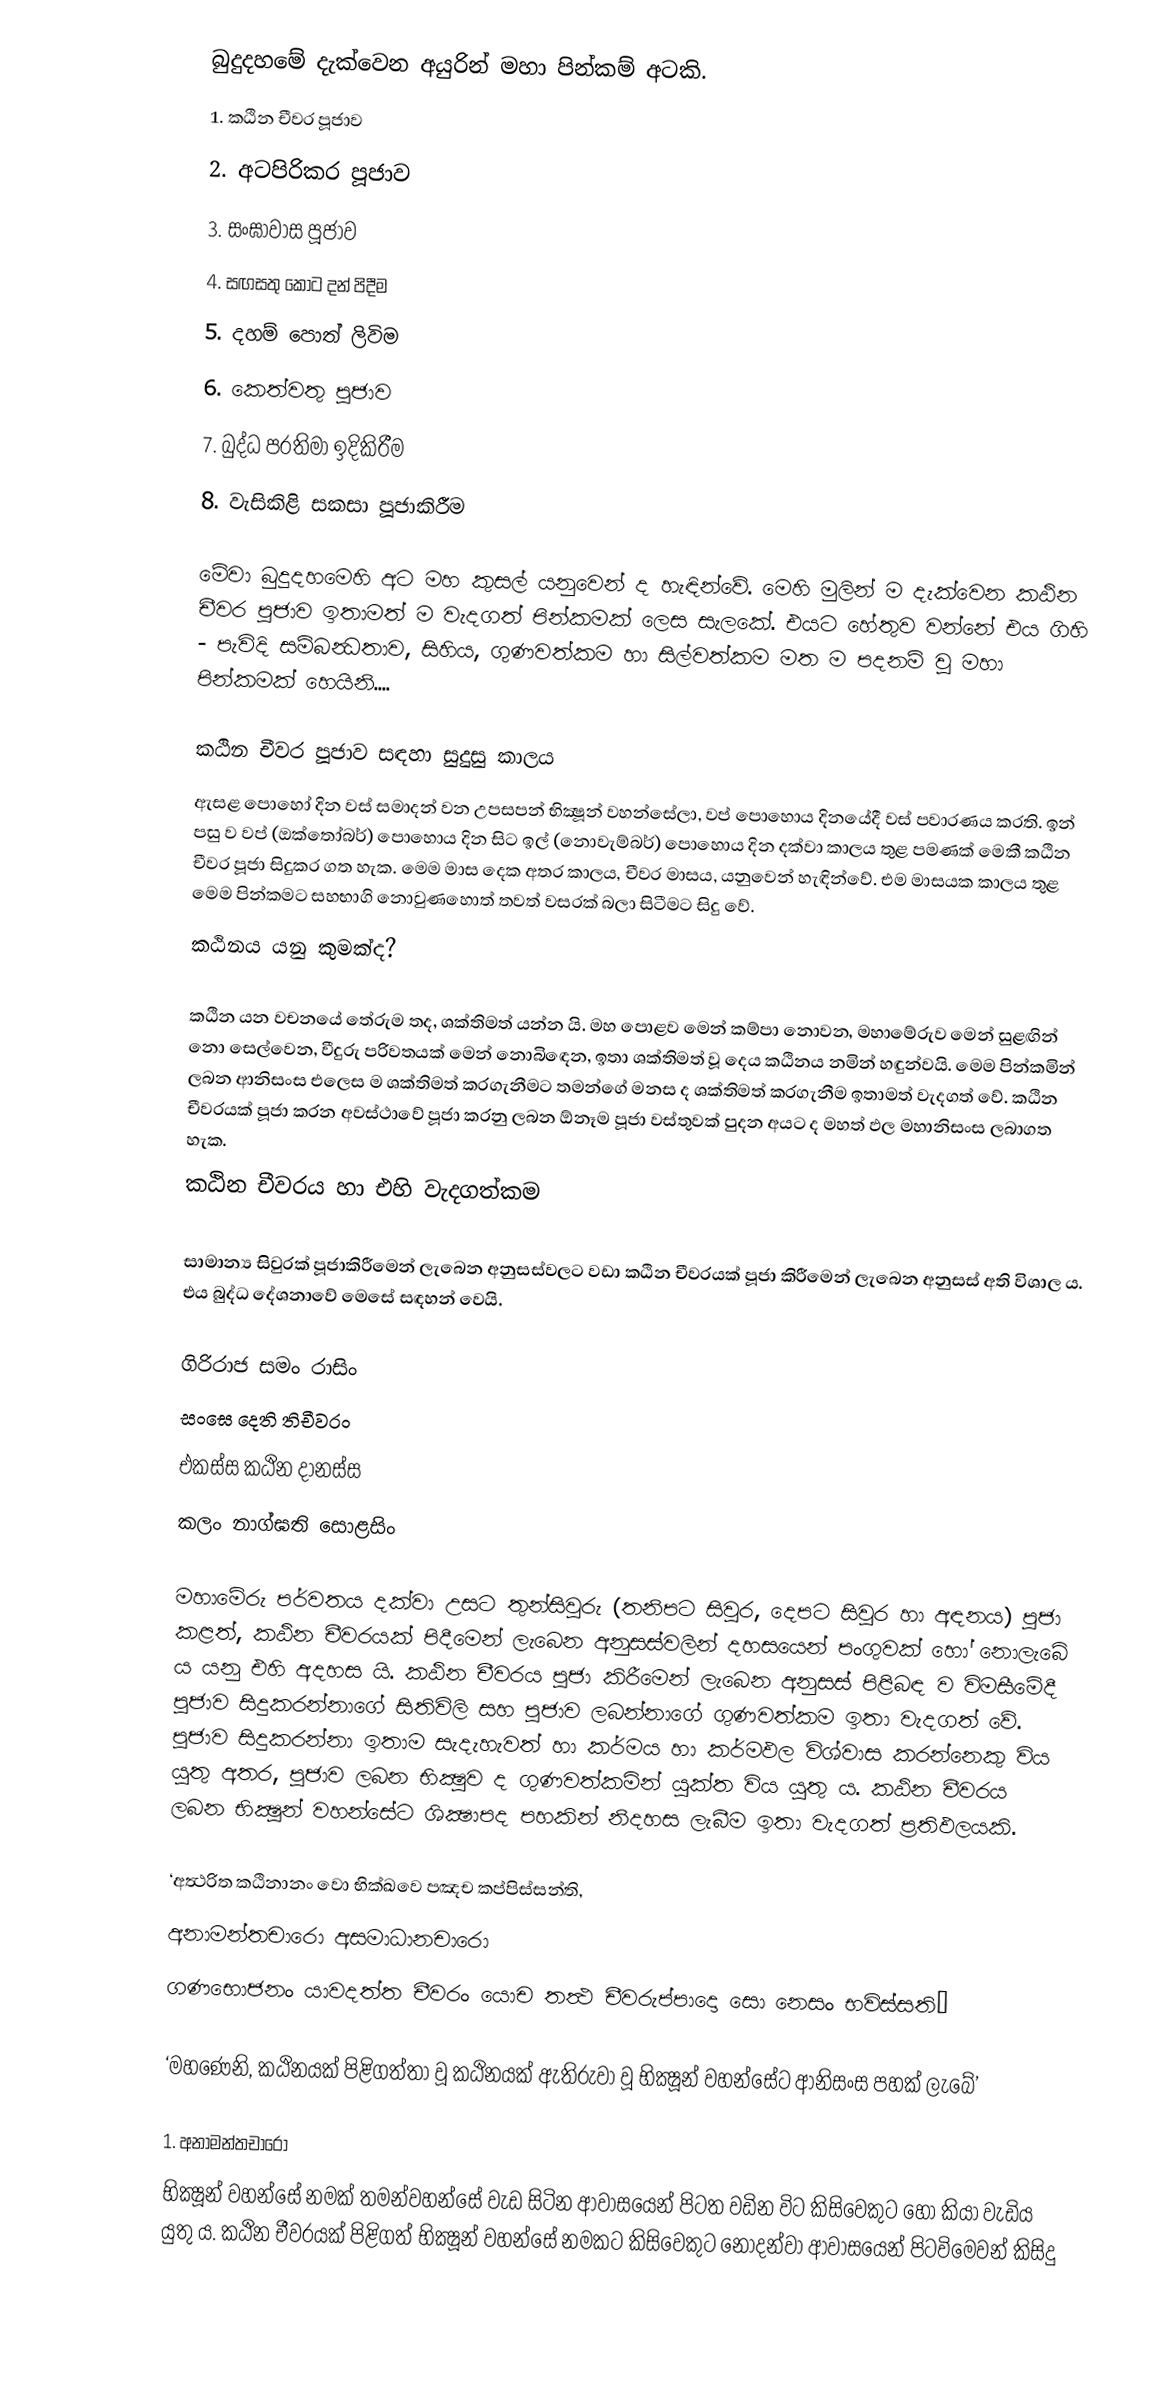
බුදුදහමේ දැක්වෙන අයුරින් මහා පින්කම් අටකි.
1. කඨින චීවර පූජාව
2. අටපිරිකර පූජාව
3. සංඝාවාස පූජාව
4. සඟසතු කොට දන් පිදීම
5. දහම් පොත් ලිවිම
6. කෙත්වතු පූජාව
7. බුද්ධ ප‍්‍රතිමා ඉදිකිරීම
8. වැසිකිළි සකසා පූජාකිරීම

මේවා බුදුදහමෙහි අට මහ කුසල් යනුවෙන් ද හැඳින්වේ. මෙහි මුලින් ම දැක්වෙන කඨින චීවර පූජාව ඉතාමත් ම වැදගත් පින්කමක් ලෙස සැලකේ. එයට හේතුව වන්නේ එය ගිහි - පැවිදි සම්බන්‍ධතාව, සිහිය, ගුණවත්කම හා සිල්වත්කම මත ම පදනම් වූ මහා පින්කමක් හෙයිනි....

කඨින චීවර පූජාව සඳහා සුදුසු කාලය
ඇසළ පොහෝ දින වස් සමාදන් වන උපසපන් භික්‍ෂූන් වහන්සේලා, වප් පොහොය දිනයේදී වස් පවාරණය කරති. ඉන් පසු ව වප් (ඔක්තෝබර්) පොහොය දින සිට ඉල් (නොවැම්බර්) පොහොය දින දක්වා කාලය තුළ පමණක් මෙකී කඨින චීවර පූජා සිදුකර ගත හැක. මෙම මාස දෙක අතර කාලය, චීවර මාසය, යනුවෙන් හැඳින්වේ. එම මාසයක කාලය තුළ මෙම පින්කමට සහභාගි නොවුණහොත් තවත් වසරක් බලා සිටීමට සිදු වේ.
කඨිනය යනු කුමක්ද?

කඨින යන වචනයේ තේරුම තද, ශක්තිමත් යන්න යි. මහ පොළව මෙන් කම්පා නොවන, මහාමේරුව මෙන් සුළඟින් නො සෙල්වෙන, වීදුරු පරිවතයක් මෙන් නොබිඳෙන,  ඉතා ශක්තිමත් වූ දෙය කඨිනය නමින් හඳුන්වයි. මෙම පින්කමින් ලබන ආනිසංස එලෙස ම ශක්තිමත් කරගැනීමට  තමන්ගේ මනස ද ශක්තිමත් කරගැනීම ඉතාමත් වැදගත් වේ. කඨින චීවරයක් පූජා කරන අවස්ථාවේ පූජා කරනු ලබන  ඕනෑම පූජා වස්තුවක් පුදන අයට ද මහත් ඵල මහානිසංස ලබාගත හැක.
කඨින චීවරය හා එහි වැදගත්කම

සාමාන්‍ය සිවුරක් පූජාකිරීමෙන් ලැබෙන අනුසස්වලට වඩා කඨින චීවරයක් පූජා කිරීමෙන් ලැබෙන අනුසස් අති විශාල ය. එය බුද්ධ දේශනාවේ මෙසේ සඳහන් වෙයි.

ගිරිරාජ සමං රාසිං
සංඝෙ දෙති තිචීවරං
එකස්ස කඨින දානස්ස
කලං නාග්ඝති සොළසිං

මහාමේරු පර්වතය දක්වා උසට  තුන්සිවුරු (තනිපට සිවුර, දෙපට සිවුර හා අඳනය) පූජා කළත්, කඨින චීවරයක් පිදීමෙන් ලැබෙන අනුසස්වලින් දහසයෙන් පංගුවක් හෝ නොලැබේ ය යනු එහි අදහස යි. කඨින චීවරය පූජා කිරීමෙන් ලැබෙන අනුසස් පිළිබඳ ව විමසීමේදී  පූජාව සිදුකරන්නාගේ සිතිවිලි සහ පූජාව ලබන්නාගේ ගුණවත්කම ඉතා වැදගත් වේ. පූජාව සිදුකරන්නා ඉතාම සැදැහැවත් හා කර්මය හා කර්මඵල විශ්වාස කරන්නෙකු විය යුතු අතර, පූජාව ලබන භික්‍ෂුව ද ගුණවත්කමින් යුක්ත විය යුතු ය. කඨින චීවරය ලබන භික්‍ෂූන් වහන්සේට ශික්‍ෂාපද පහකින් නිදහස ලැබීම ඉතා වැදගත් ප‍්‍රතිඵලයකි.

‘අත්‍ථරිත කඨිනානං වො භික්‍ඛවෙ පඤච කප්පිස්සන්‍ති,
අනාමන්‍තචාරො අසමාධානචාරො
ගණභොජනං යාවදත්‍ත චීවරං යොච තත්‍ථ චීවරුප්පාදො සො නෙසං භවිස්සති’

‘මහණෙනි, කඨිනයක් පිළිගත්තා වූ කඨිනයක් ඇතිරුවා වූ භික්‍ෂූන් වහන්සේට ආනිසංස පහක් ලැබේ’

1. අනාමන්‍තචාරො
භික්‍ෂූන් වහන්සේ නමක් තමන්වහන්සේ වැඩ සිටින ආවාසයෙන් පිටත වඩින විට කිසිවෙකුට හෝ කියා වැඩිය යුතු ය. කඨින චීවරයක් පිළිගත් භික්‍ෂූන් වහන්සේ නමකට කිසිවෙකුට නොදන්වා ආවාසයෙන් පිටවිමෙවන් කිසිදු